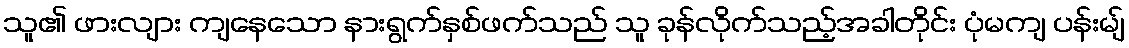
သူ၏ ဖားလျား ကျနေသော နားရွက်နှစ်ဖက်သည် သူ ခုန်လိုက်သည့်အခါတိုင်း ပုံမကျ ပန်းမျ်